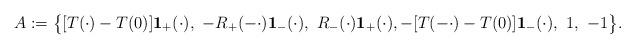
LaTeX: \begin{align*}A := \big\{ [T(\cdot)-T(0)]\mathbf{1}_+(\cdot), \,\, -R_+(-\cdot)\mathbf{1}_-(\cdot), \,\, R_-(\cdot)\mathbf{1}_+(\cdot),-[T(-\cdot)-T(0)]\mathbf{1}_-(\cdot), \,\, 1, \,\, -1 \big\}.\end{align*}